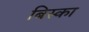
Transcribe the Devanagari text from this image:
बिस्का